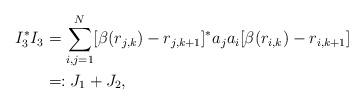
LaTeX: \begin{align*}I_3^*I_3 &= \sum_{i,j=1}^N [ \beta(r_{j,k}) - r_{j,k+1} ]^* a_ja_i [ \beta(r_{i,k}) - r_{i,k+1} ] \\&=: J_1 + J_2,\end{align*}